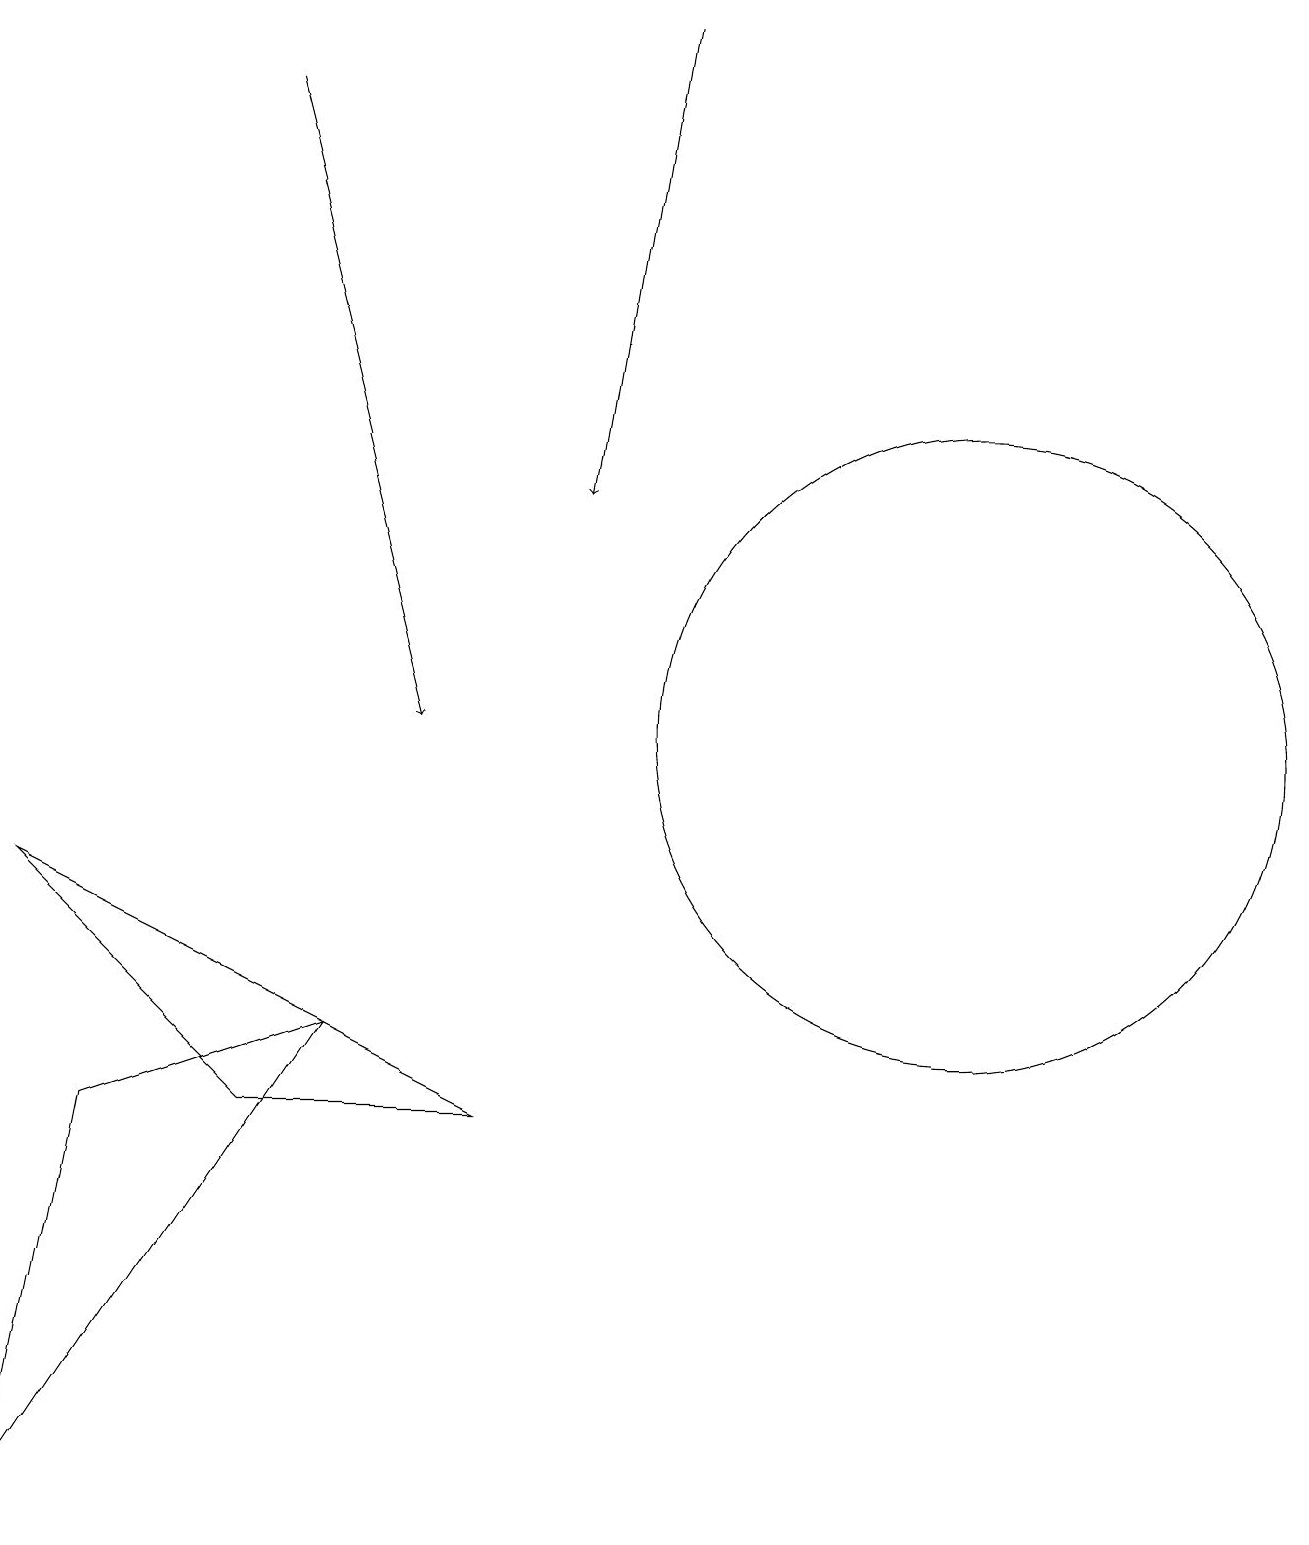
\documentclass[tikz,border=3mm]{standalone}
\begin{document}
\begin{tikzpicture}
\draw[->] (3,18) -- (5,10);
\draw[->] (8,19) -- (7,13);
\draw (0,8) -- (3,5) -- (6,5) -- cycle;
\draw (12,10) circle (4);
\draw (1,5) -- (4,6) -- (0,0) -- cycle;
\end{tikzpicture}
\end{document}